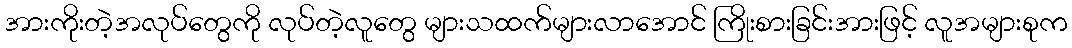
အားကိုးတဲ့အလုပ်တွေကို လုပ်တဲ့လူတွေ များသထက်များလာအောင် ကြိုးစားခြင်းအားဖြင့် လူအများစုက